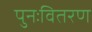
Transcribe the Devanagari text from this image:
पुनःवितरण